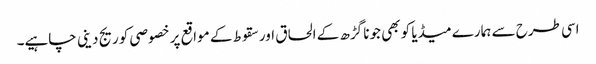
اسی طرح سے ہمارے میڈیا کو بھی جونا گڑھ کے الحاق اور سقوط کے مواقع پر خصوصی کوریج دینی چاہیے۔